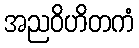
အညဝိဟိတကံ